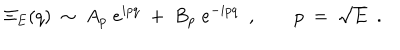
LaTeX: \Xi _ { E } ( q ) \ \sim \ A _ { p } \; e ^ { i p q } \; + \; B _ { p } \; e ^ { - i p q } \ \ , \qquad p \ = \ \sqrt { E } \ \ .